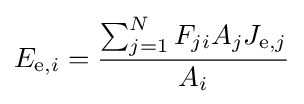
E_{\mathrm {e} ,i}={\frac {\sum _{j=1}^{N}F_{ji}A_{j}J_{\mathrm {e} ,j}}{A_{i}}}